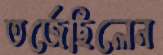
তর্জেছিলেন